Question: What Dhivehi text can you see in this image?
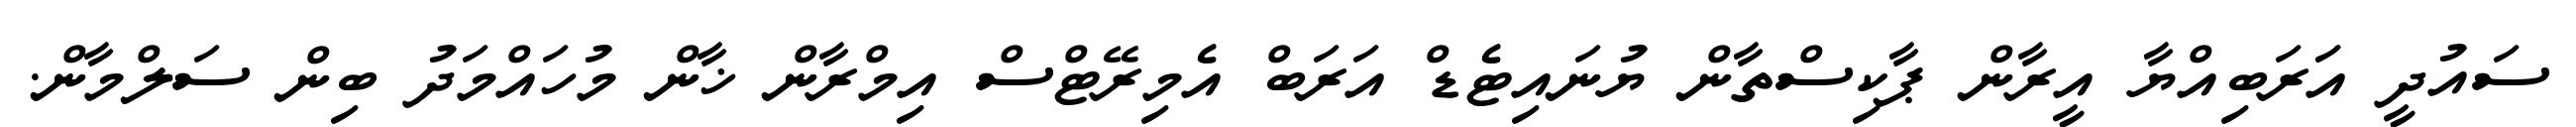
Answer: ސައުދީ އަަރަބިއްޔާ އީރާން ޕާކިސްތާން ޔުނައިޓެޑް އަރަބް އެމިރޭޓްސް އިމްރާން ޚާން މުހައްމަދު ބިން ސަލްމާން.